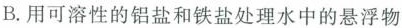
B.用可溶性的铝盐和铁盐处理水中的悬浮物